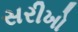
સરીખો